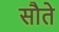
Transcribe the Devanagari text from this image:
सौते